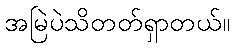
အမြဲပဲသိတတ်ရှာတယ်။